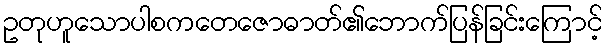
ဥတုဟူသောပါစကတေဇောဓာတ်၏ဘောက်ပြန်ခြင်းကြောင့်